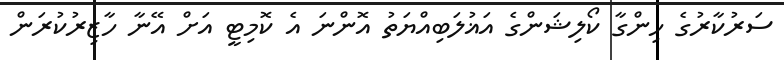
ސަރުކާރުގެ ހިންގާ ކޯލިޝަންގެ އަޣުލަބިއްޔަތު އޮންނަ އެ ކޮމިޓީ އަށް އޭނާ ހާޒިރުކުރަން